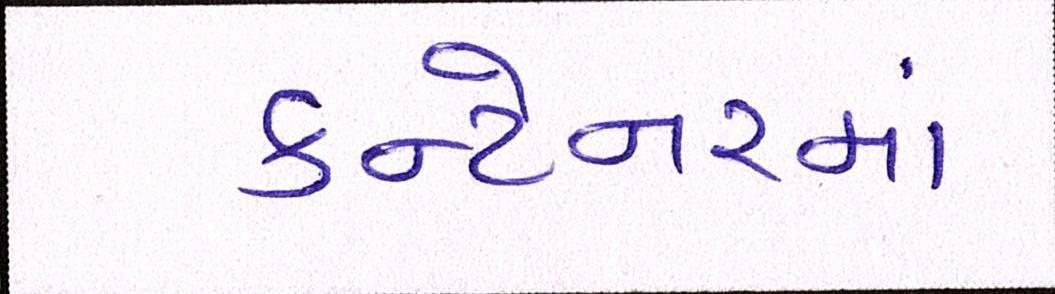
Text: કન્ટેનરમાં